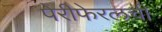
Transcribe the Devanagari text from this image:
पेरीफेरलची